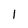
Character: 1